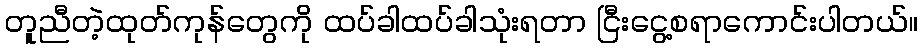
တူညီတဲ့ထုတ်ကုန်တွေကို ထပ်ခါထပ်ခါသုံးရတာ ငြီးငွေ့စရာကောင်းပါတယ်။